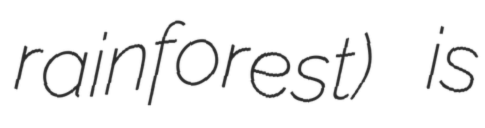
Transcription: rainforest) is